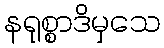
နရုစ္စာဒိမှသေ